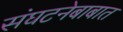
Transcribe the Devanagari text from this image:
संघटनेबाबात